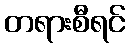
တရားစီရင်